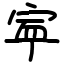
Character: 𡨴